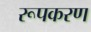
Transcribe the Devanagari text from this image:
रूपकरण